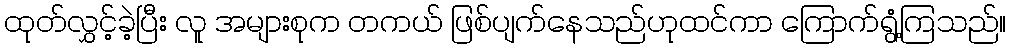
ထုတ်လွှင့်ခဲ့ပြီး လူ အများစုက တကယ် ဖြစ်ပျက်နေသည်ဟုထင်ကာ ကြောက်ရွံ့ကြသည်။